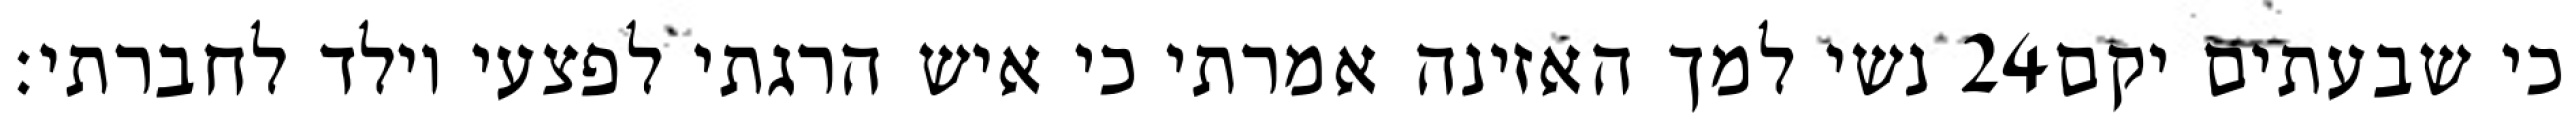
נשי למך האזינה אמרתי כי איש הרגתי לפצעי וילד לחברתי׃ ‎24‏ כי שבעתים יקם